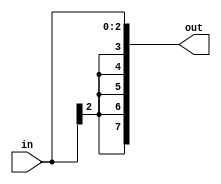
module SignExtend (in, out);
  input [2:0] in;
  output [7:0] out;

  assign out = {{5{in[2]}},in};
endmodule